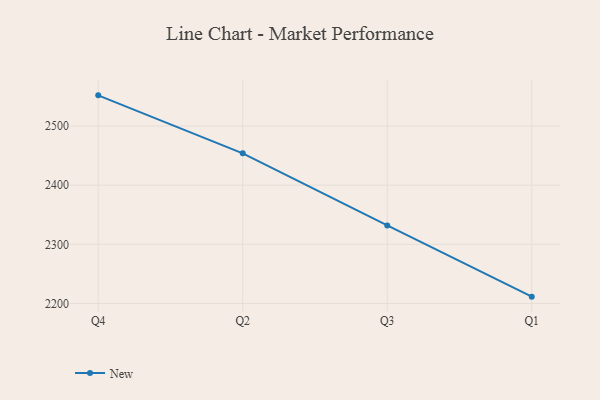
{"axis": {"x": "Quarter", "y": "LTV (USD)"}, "legend": ["New"], "data": [{"x": "Q4", "y": 2551.9, "type": "New"}, {"x": "Q2", "y": 2453.8, "type": "New"}, {"x": "Q3", "y": 2332.0, "type": "New"}, {"x": "Q1", "y": 2211.5, "type": "New"}]}